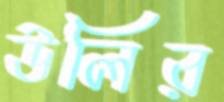
উলির